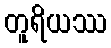
တူရိယဿ